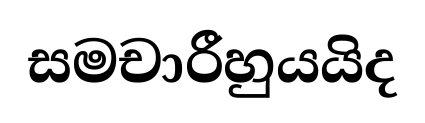
සමචාරීහුයයිද